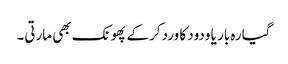
گیارہ بار یا ودود کا ورد کرکے پھونک بھی مارتی۔